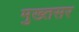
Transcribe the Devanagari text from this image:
मुख्तसर